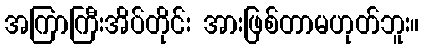
အကြာကြီးအိပ်တိုင်း အားဖြစ်တာမဟုတ်ဘူး။